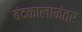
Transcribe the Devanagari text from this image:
बंदकालानंतर